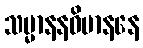
သမ္မာနနဝိမာနနေ